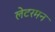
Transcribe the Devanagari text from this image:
लेटरमन